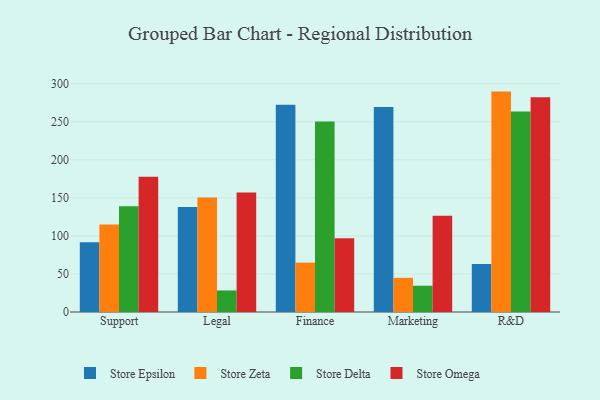
{"axis": {"x": "Department", "y": "Revenue (USD Million)"}, "legend": ["Store Delta", "Store Epsilon", "Store Omega", "Store Zeta"], "data": [{"x": "Support", "y": 91.7, "type": "Store Epsilon"}, {"x": "Support", "y": 115.1, "type": "Store Zeta"}, {"x": "Support", "y": 139.1, "type": "Store Delta"}, {"x": "Support", "y": 177.7, "type": "Store Omega"}, {"x": "Legal", "y": 138.0, "type": "Store Epsilon"}, {"x": "Legal", "y": 150.4, "type": "Store Zeta"}, {"x": "Legal", "y": 28.3, "type": "Store Delta"}, {"x": "Legal", "y": 157.0, "type": "Store Omega"}, {"x": "Finance", "y": 272.4, "type": "Store Epsilon"}, {"x": "Finance", "y": 64.9, "type": "Store Zeta"}, {"x": "Finance", "y": 250.3, "type": "Store Delta"}, {"x": "Finance", "y": 97.0, "type": "Store Omega"}, {"x": "Marketing", "y": 269.5, "type": "Store Epsilon"}, {"x": "Marketing", "y": 44.9, "type": "Store Zeta"}, {"x": "Marketing", "y": 34.5, "type": "Store Delta"}, {"x": "Marketing", "y": 126.4, "type": "Store Omega"}, {"x": "R&D", "y": 63.1, "type": "Store Epsilon"}, {"x": "R&D", "y": 289.6, "type": "Store Zeta"}, {"x": "R&D", "y": 263.4, "type": "Store Delta"}, {"x": "R&D", "y": 282.1, "type": "Store Omega"}]}